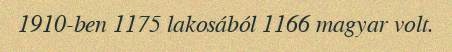
1910-ben 1175 lakosából 1166 magyar volt.